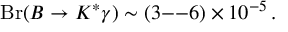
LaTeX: \mathrm { B r } ( B \to K ^ { * } \gamma ) \sim ( 3 \mathrm { - - } 6 ) \times 1 0 ^ { - 5 } \, .